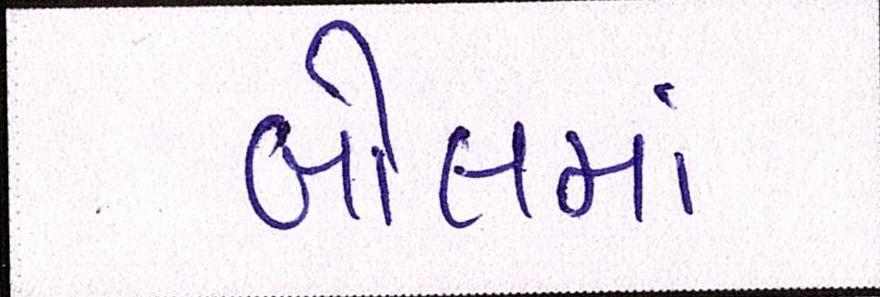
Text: બોલમાં